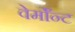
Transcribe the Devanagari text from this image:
वेर्माॅन्ट